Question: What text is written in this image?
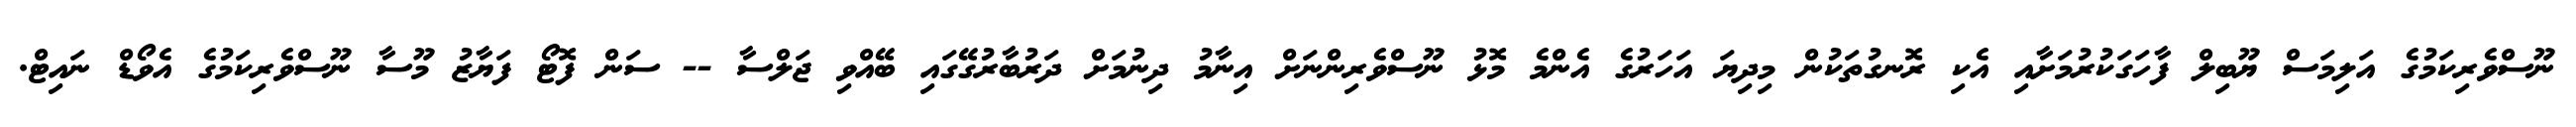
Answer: ނޫސްވެރިކަމުގެ އަލިމަސް ޔޫބިލް ފާހަގަކުރުމަށާއި އެކި ރޮނގުތަކުން މިދިޔަ އަހަރުގެ އެންމެ މޮޅު ނޫސްވެރިންނަށް އިނާމު ދިނުމަށް ދަރުބާރުގޭގައި ބޭއްވި ޖަލްސާ -- ސަން ފޮޓޯ ފަޔާޒު މޫސާ ނޫސްވެރިކަމުގެ އެވޯޑް ނައިޓް.